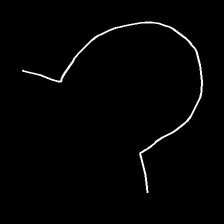
Glyph: weave